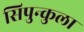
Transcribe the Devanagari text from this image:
सिपुन्कुला